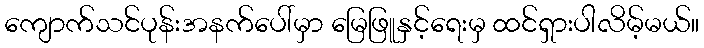
ကျောက်သင်ပုန်းအနက်ပေါ်မှာ မြေဖြူနှင့်ရေးမှ ထင်ရှားပါလိမ့်မယ်။